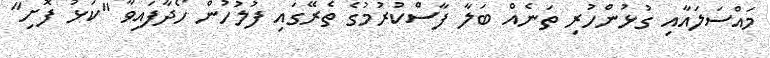
މައްސަލައާއި ގުޅުންހުރި ތަނެއް ބަލާ ފާސްކުރުމުގެ ތެރޭގައި ފުލުހުން ހޯދާފައިވާ "ކަޅު ފޮށި"